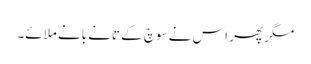
مگر پھر اس نے سوچ کے تانے بانے ملائے۔